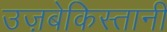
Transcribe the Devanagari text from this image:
उज़बेकिस्तानी